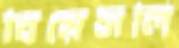
বিয়েসলি